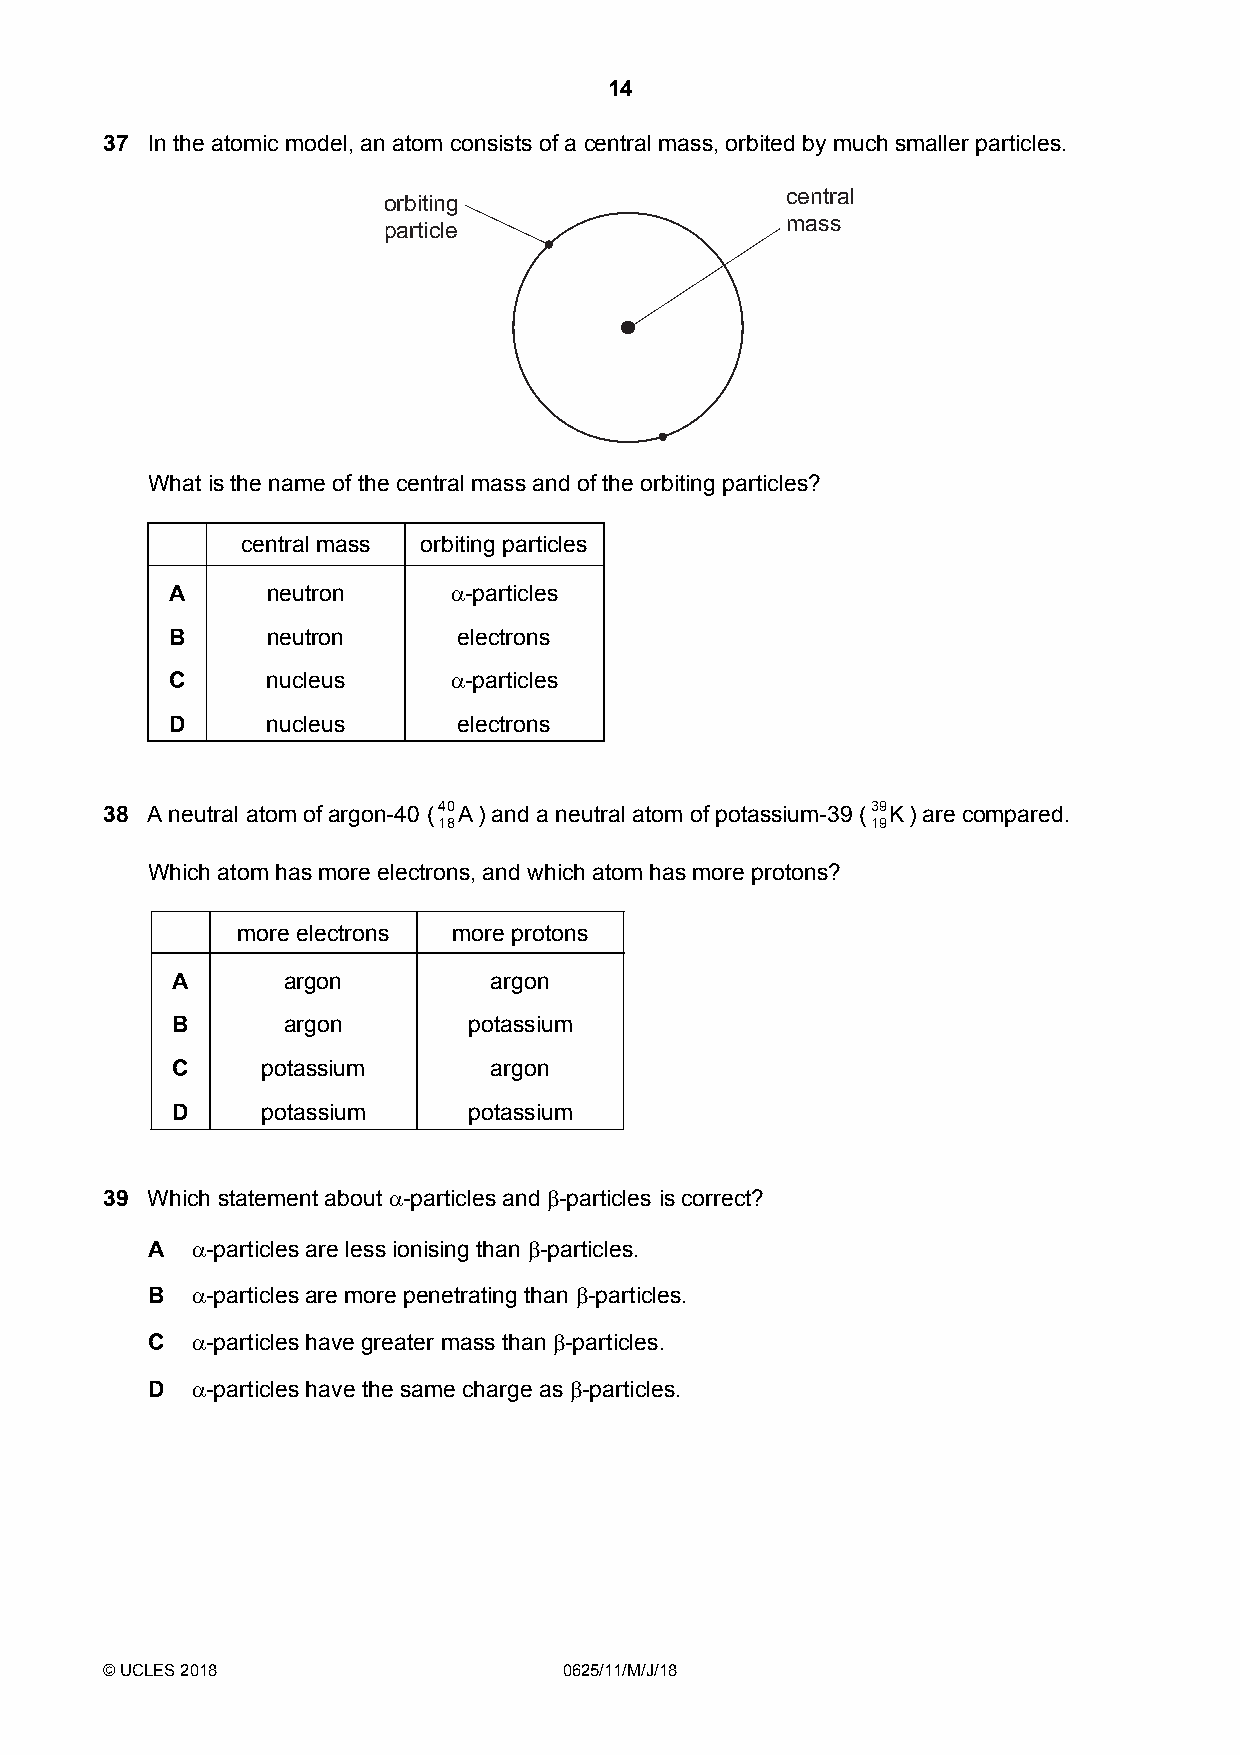
14
 37 In the atomic model, an atom consists of a central mass, orbited by much smaller particles.
 central
 orbiting
 mass
 particle
 What is the name of the central mass and of the orbiting particles?
 central mass orbiting particles
 A      neutron     α-particles
 B      neutron     electrons
 C      nucleus     α-particles
 D      nucleus     electrons
 38 A neutral atom of argon-40 (40A) and a neutral atom of potassium-39 (39K) are compared.
 18                           19
 Which atom has more electrons, and which atom has more protons?
 more electrons more protons
 A       argon         argon
 B       argon       potassium
 C     potassium       argon
 D     potassium     potassium
 39 Which statement about α-particles and β-particles is correct?
 A  α-particles are less ionising than β-particles.
 B  α-particles are more penetrating than β-particles.
 C  α-particles have greater mass than β-particles.
 D  α-particles have the same charge as β-particles.
 © UCLES 2018                  0625/11/M/J/18